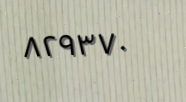
٨٢٩٣٧٠